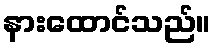
နားထောင်သည်။